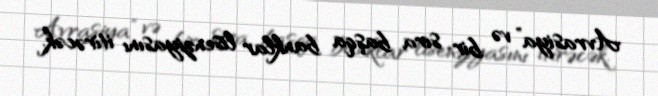
Avrasiya” və bir sıra başqa banklar lisenziyasını itirəcək.